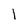
Character: 1